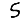
Digit: 5